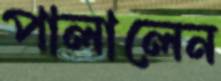
পালালেন